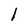
Character: l